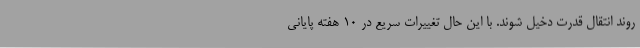
روند انتقال قدرت دخیل شوند. با این حال تغییرات سریع در 10 هفته پایانی